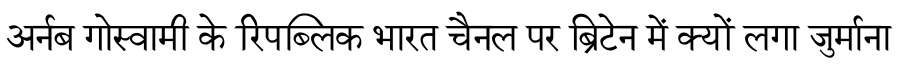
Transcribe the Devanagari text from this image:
अर्नब गोस्वामी के रिपब्लिक भारत चैनल पर ब्रिटेन में क्यों लगा जुर्माना